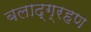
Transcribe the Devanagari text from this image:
बलाद्ग्रहण